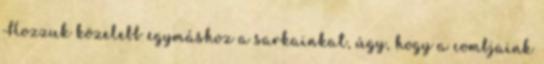
Hozzuk közelebb egymáshoz a sarkainkat, úgy, hogy a combjaink